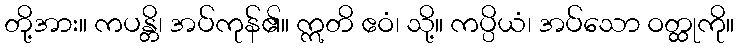
တို့အား။ ကပန္တိ၊ အပ်ကုန်၏။ ဣတိ ဧဝံ၊ သို့။ ကပ္ပိယံ၊ အပ်သော ဝတ္ထုကို။